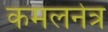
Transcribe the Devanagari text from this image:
कमलनेत्र